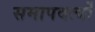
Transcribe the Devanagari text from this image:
समापवर्त्यो